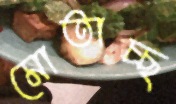
মোতাচ্ছ